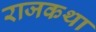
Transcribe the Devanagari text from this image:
राजकथा